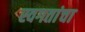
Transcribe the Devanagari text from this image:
स्वगतांचा